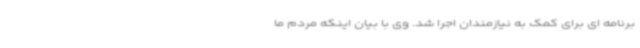
برنامه ای برای کمک به نیازمندان اجرا شد. وی با بیان اینکه مردم ما